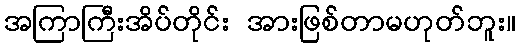
အကြာကြီးအိပ်တိုင်း အားဖြစ်တာမဟုတ်ဘူး။